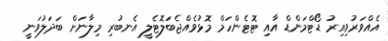
އެއްވަރުވިއިރު ޑޯޓްމަންޑް އާއި ޓޮޓެންހަމް މޮޅުވެއްޖެބަލޮޓެލީ އެނބުރި މިލާނަށް ބަދަލުވަނީ